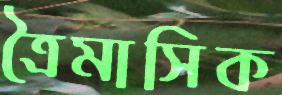
ত্রৈমাসিক